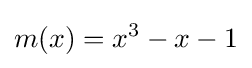
m(x)=x^{3}-x-1